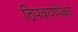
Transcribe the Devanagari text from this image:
ठिपक्यांपेक्षा